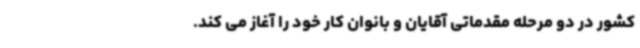
کشور در دو مرحله مقدماتی آقایان و بانوان کار خود را آغاز می کند.